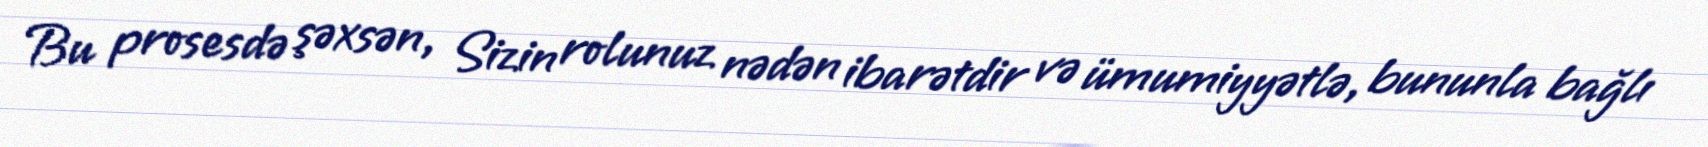
Bu prosesdə şəxsən, Sizin rolunuz nədən ibarətdir və ümumiyyətlə, bununla bağlı